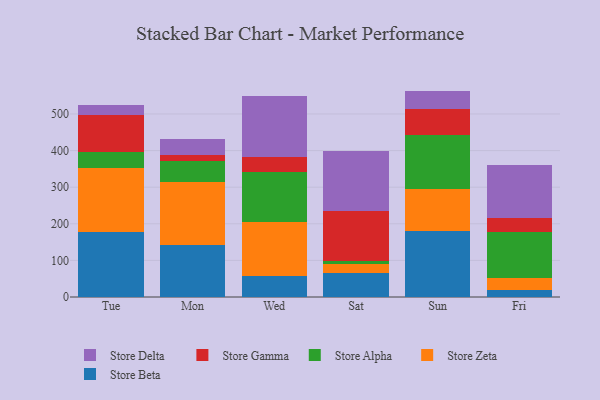
{"axis": {"x": "Day", "y": "Backlog"}, "legend": ["Store Alpha", "Store Beta", "Store Delta", "Store Gamma", "Store Zeta"], "data": [{"x": "Tue", "y": 177.5, "type": "Store Beta"}, {"x": "Tue", "y": 175.2, "type": "Store Zeta"}, {"x": "Tue", "y": 44.3, "type": "Store Alpha"}, {"x": "Tue", "y": 99.7, "type": "Store Gamma"}, {"x": "Tue", "y": 28.7, "type": "Store Delta"}, {"x": "Mon", "y": 143.0, "type": "Store Beta"}, {"x": "Mon", "y": 171.6, "type": "Store Zeta"}, {"x": "Mon", "y": 56.6, "type": "Store Alpha"}, {"x": "Mon", "y": 15.4, "type": "Store Gamma"}, {"x": "Mon", "y": 45.4, "type": "Store Delta"}, {"x": "Wed", "y": 56.2, "type": "Store Beta"}, {"x": "Wed", "y": 148.6, "type": "Store Zeta"}, {"x": "Wed", "y": 136.3, "type": "Store Alpha"}, {"x": "Wed", "y": 40.2, "type": "Store Gamma"}, {"x": "Wed", "y": 167.4, "type": "Store Delta"}, {"x": "Sat", "y": 65.3, "type": "Store Beta"}, {"x": "Sat", "y": 25.3, "type": "Store Zeta"}, {"x": "Sat", "y": 7.5, "type": "Store Alpha"}, {"x": "Sat", "y": 136.2, "type": "Store Gamma"}, {"x": "Sat", "y": 163.7, "type": "Store Delta"}, {"x": "Sun", "y": 179.4, "type": "Store Beta"}, {"x": "Sun", "y": 114.7, "type": "Store Zeta"}, {"x": "Sun", "y": 148.5, "type": "Store Alpha"}, {"x": "Sun", "y": 70.1, "type": "Store Gamma"}, {"x": "Sun", "y": 50.5, "type": "Store Delta"}, {"x": "Fri", "y": 18.4, "type": "Store Beta"}, {"x": "Fri", "y": 34.7, "type": "Store Zeta"}, {"x": "Fri", "y": 123.2, "type": "Store Alpha"}, {"x": "Fri", "y": 39.5, "type": "Store Gamma"}, {"x": "Fri", "y": 145.1, "type": "Store Delta"}]}